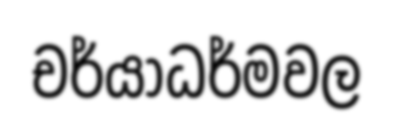
චර්යාධර්මවල